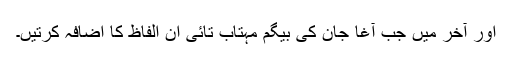
اور آخر میں جب آغا جان کی بیگم مہتاب تائی ان الفاظ کا اضافہ کرتیں۔